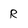
Character: R